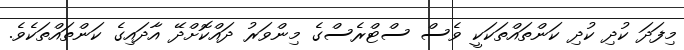
މިފަދަ ކުދި ކުދި ކަންތައްތަކަކީ ވެސް ސްޓްރެސްގެ މިންވަރު ދައްކޮށްދޭ އާދައިގެ ކަންތައްތަކެވެ.